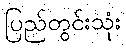
ပြည်တွင်းသုံး